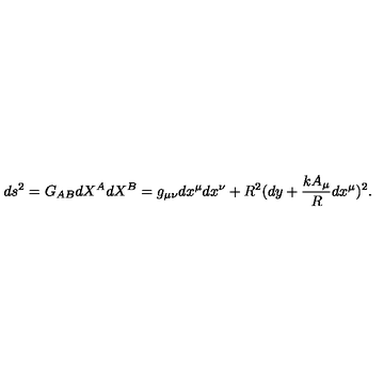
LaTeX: d s ^ { 2 } = G _ { A B } { d X ^ { A } } { d X ^ { B } } = g _ { \mu \nu } d x ^ { \mu } d x ^ { \nu } + R ^ { 2 } ( d y + \frac { k A _ { \mu } } { R } d x ^ { \mu } ) ^ { 2 } .